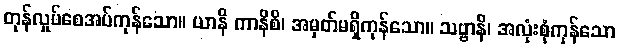
တုန်လှုပ်စေအပ်ကုန်သော။ ယာနိ ကာနိစိ၊ အမှတ်မရှိကုန်သော။ သဗ္ဗာနိ၊ အလုံးစုံကုန်သော